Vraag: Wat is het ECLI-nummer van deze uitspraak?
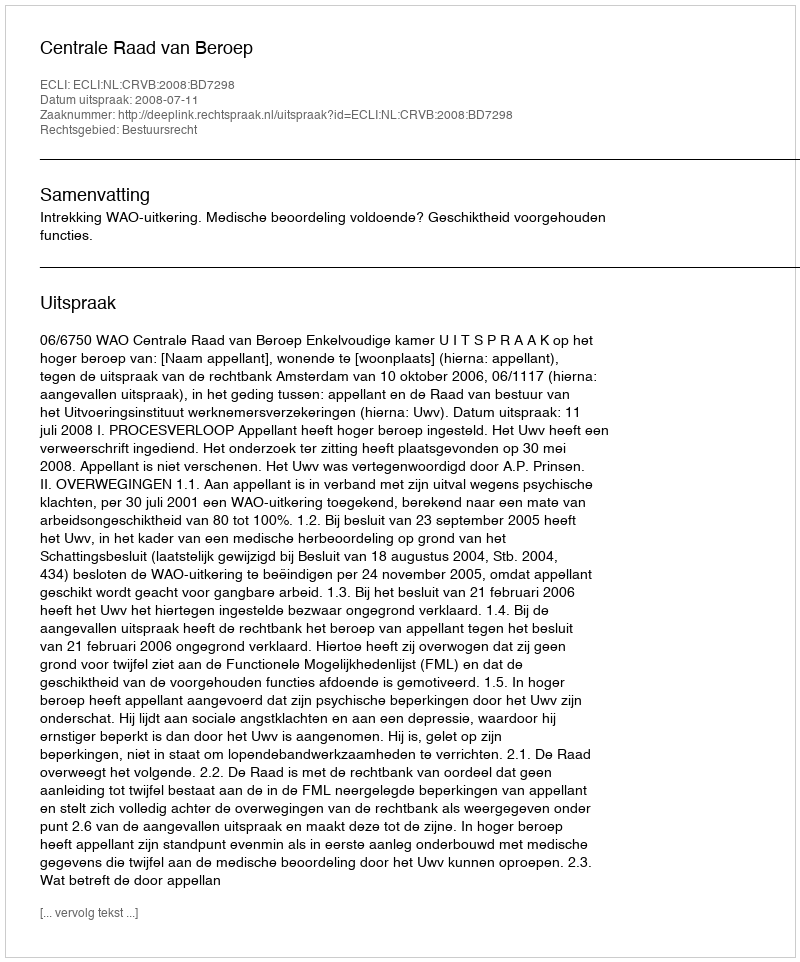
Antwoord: ECLI:NL:CRVB:2008:BD7298